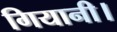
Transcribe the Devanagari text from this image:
गियानी।